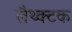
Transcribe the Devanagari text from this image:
लैथ्क्टक